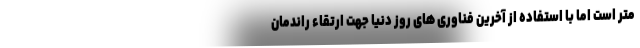
متر است اما با استفاده از آخرین فناوری های روز دنیا جهت ارتقاء راندمان